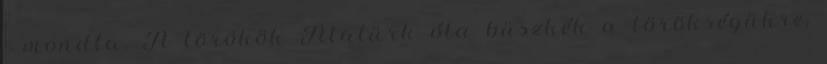
- mondta. A törökök Atatürk óta büszkék a törökségükre,